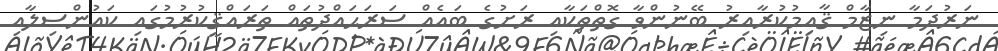
ނަރުދަމާ ނިޒާމް ޤާއިމުކުރާއިރު ބޭނުންވާ ގޮތްތަކާއި ރަށުގެ ބައެއް ސަރަޙައްދުތައް ތަރައްޤީކުރުމުގައި ކައުންސިލާއި